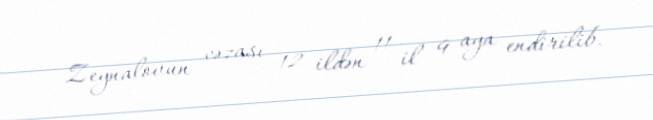
Zeynalovun cəzası 12 ildən 11 il 9 aya endirilib.